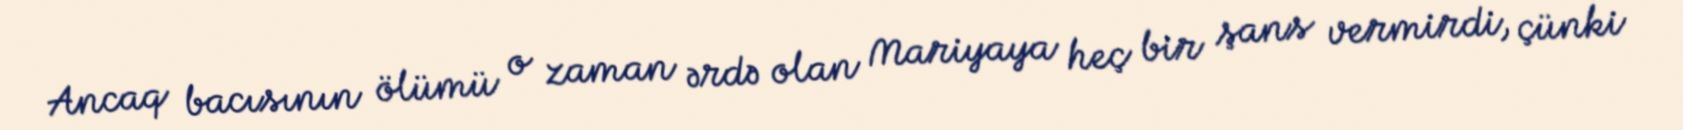
Ancaq bacısının ölümü o zaman ərdə olan Mariyaya heç bir şans vermirdi, çünki